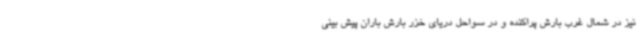
نیز در شمال غرب بارش پراکنده و در سواحل دریای خزر بارش باران پیش بینی